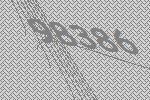
98386